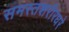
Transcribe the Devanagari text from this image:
समस्तशरीरधरे